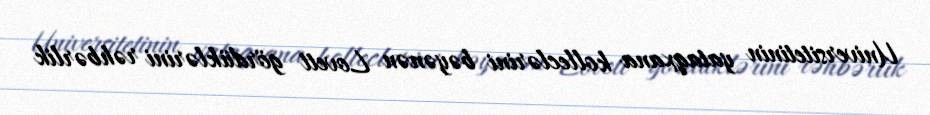
Universitetinin yataqxana kolleclərini bəyənən Lovett gördüklərini rəhbərlik